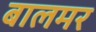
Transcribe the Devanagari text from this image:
बालमर